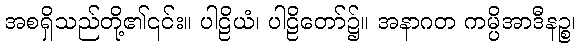
အစရှိသည်တို့၏၎င်း။ ပါဠိယံ၊ ပါဠိတော်၌။ အနာဂတ ကမ္ပိအာဒီနဉ္စ၊